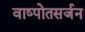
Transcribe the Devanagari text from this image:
वाष्पोतसर्जन